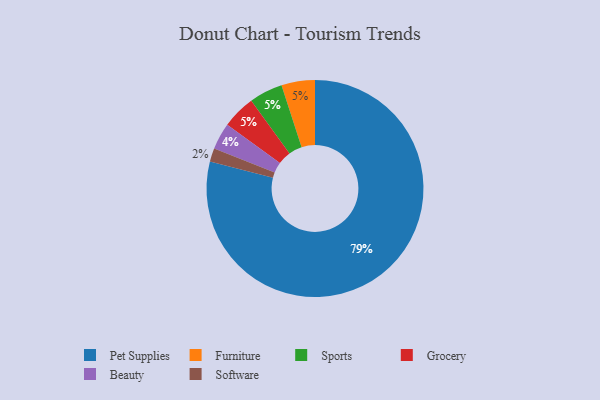
{"axis": {"x": "Category", "y": "Percentage"}, "legend": ["Beauty", "Furniture", "Grocery", "Pet Supplies", "Software", "Sports"], "data": [{"x": "Pet Supplies", "y": 79, "type": "Pet Supplies"}, {"x": "Beauty", "y": 4, "type": "Beauty"}, {"x": "Software", "y": 2, "type": "Software"}, {"x": "Furniture", "y": 5, "type": "Furniture"}, {"x": "Sports", "y": 5, "type": "Sports"}, {"x": "Grocery", "y": 5, "type": "Grocery"}]}